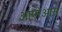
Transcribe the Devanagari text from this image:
आएरेआस